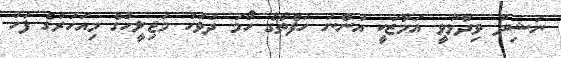
ނަޝިދު ވިދާޅުވީ އަމާޒަކީ އަންނަ ހަފްތާގެ ހޯމަ ދުވަހު މަޖިލީހުގެ މިއަހަރުގެ ފަހު